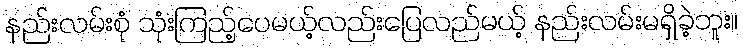
နည်းလမ်းစုံ သုံးကြည့်ပေမယ့်လည်းပြေလည်မယ့် နည်းလမ်းမရှိခဲ့ဘူး။